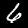
Digit: 6